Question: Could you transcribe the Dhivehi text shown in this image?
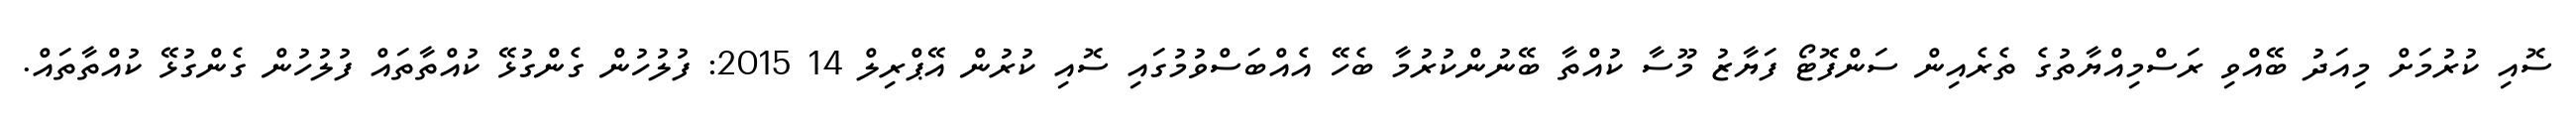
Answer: ސޮއި ކުރުމަށް މިއަދު ބޭއްވި ރަސްމިއްޔާތުގެ ތެރެއިން ސަންފޮޓޯ ފަޔާޒު މޫސާ ކުއްތާ ބޭނުންކުރުމާ ބެހޭ އެއްބަސްވުމުގައި ސޮއި ކުރުން އޭޕްރިލް 14 2015: ފުލުހުން ގެންގުޅޭ ކުއްތާތައް ފުލުހުން ގެންގުޅޭ ކުއްތާތައް.